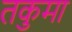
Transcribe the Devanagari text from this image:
तकुमा